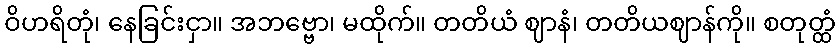
ဝိဟရိတုံ၊ နေခြင်းငှာ။ အဘဗ္ဗော၊ မထိုက်။ တတိယံ ဈာနံ၊ တတိယဈာန်ကို။ စတုတ္ထံ